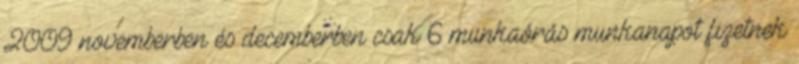
2009 novemberben és decemberben csak 6 munkaórás munkanapot fizetnek